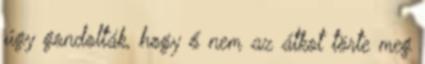
úgy gondolták, hogy ő nem az átkot törte meg